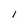
Character: I